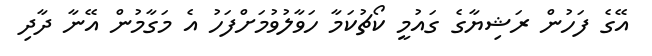
އޭގެ ފަހުން ރަޝިޔާގެ ގައުމީ ކޯޗުކަމާ ހަވާލުވުމަށްފަހު އެ މަގާމުން އޭނާ ދާދި